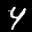
Label: 4